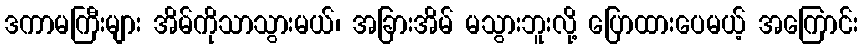
ဒကာမကြီးများ အိမ်ကိုသာသွားမယ်၊ အခြားအိမ် မသွားဘူးလို့ ပြောထားပေမယ့် အကြောင်း